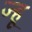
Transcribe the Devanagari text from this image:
ज्हू